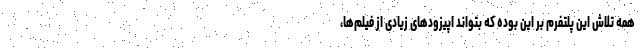
همه تلاش این پلتفرم بر این بوده که بتواند اپیزودهای زیادی از فیلم‌ها،